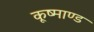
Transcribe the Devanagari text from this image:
कूष्माण्ड